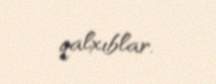
qalxıblar.